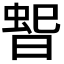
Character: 𭦳